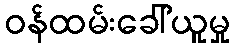
ဝန်ထမ်းခေါ်ယူမှု